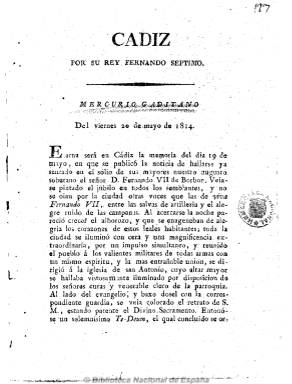
Título: Mercurio gaditano (Reimp. en Sevilla)
Otros títulos: Cádiz, por su rey Fernando Séptimo
Colección: Periódicos anteriores a 1850
Ámbito geográfico: Sevilla
Lugar de publicación: Sevilla
Fechas: 20/05/1814-20/05/1814

Ocupan las cuatro páginas de esta reimpresión sevillana realizada por el Setabiense, con fecha 20 de mayo de 1814, una larga crónica de las fiestas que se celebran en Cádiz con motivo de la entronización del monarca absolutista, en cuya cabecera aparece la leyenda “Cádiz por su rey Fernando séptimo”. El periódico había aparecido en esta ciudad el día anterior, jueves, 19 de mayo, y con una frecuencia diaria llegará a editar 158 números de cuatro páginas pero también de ocho, hasta el domingo 23 de octubre del mismo año. Siguiendo a Luis del Arco, otros autores, como Checa Godoy, han señalado que este Mercurio es como una continuación del periódico liberal gaditano El redactor general, que durante los primeros meses de 1814 se había editado en Madrid con el título Redactor general de España, hasta, exactamente, el 18 de mayo de ese año.

El Mercurio gaditano aparece pues tras el decreto fernandino de cuatro de mayo reprimiendo la libertad de imprenta y la derogación de la Constitución doceañista, y un reciente estudio de Ana Martínez García en la obra colectiva Cambio político y cultural en la España de entresiglos (2008) reconoce su subyacente ideología liberal moderada adaptada a la nueva realidad política en manos de la reacción absolutista. Del Arco ya había señalado que, en relación con El redactor general, el Mercurio gaditano mantiene las mismas secciones pero disminuyendo considerablemente sus contenidos políticos y aumentando los de carácter comercial local y literario. Otro de los aspectos que llevan a identificar este Mercurio con El redactor general, es que utiliza para estamparse imprenta propia.

Precisamente, el Mercurio gaditano publicará las reflexiones sobre Schlegel de Juan Nicolás Böhl de Faber, en las que se introducirá el romanticismo en España, identificándolo con el absolutismo, y que originará ya las primeras polémicas de este movimiento en ciernes, en las que participan José Joaquín de Mora, con el seudónimo Mirtilo, y Antonio Alcalá Galiano, con el de El Imparcial.